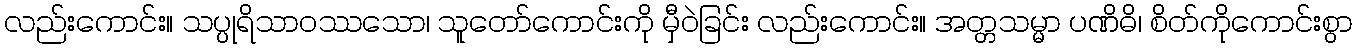
လည်းကောင်း။ သပ္ပုရိသာဝဿသော၊ သူတော်ကောင်းကို မှီဝဲခြင်း လည်းကောင်း။ အတ္တသမ္မာ ပဏိဓိ၊ စိတ်ကိုကောင်းစွာ